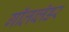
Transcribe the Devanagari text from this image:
गॉलब्लॅडर